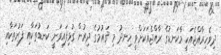
ދިވެހިރާއްޖެއަކީ މާކަނޑުގެ ރާއްޖެއަކަށްވީ ހިނދު މި ޤައުމުގެ ދިރުން ގުޅިފައިވަނީ ކަނޑުތަކާއި ފަރުތަކާއި